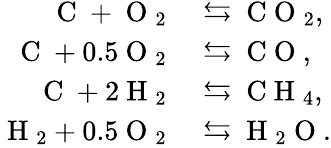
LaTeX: \begin{array}{rl}{\mathrm{~C~}+\mathrm{~O~}_{2}}&{{}\leftrightarrows\mathrm{~C~O~}_{2},}\\ {\mathrm{~C~}+0.5\mathrm{~O~}_{2}}&{{}\leftrightarrows\mathrm{~C~O~},}\\ {\mathrm{~C~}+2\mathrm{~H~}_{2}}&{{}\leftrightarrows\mathrm{~C~H~}_{4},}\\ {\mathrm{~H~}_{2}+0.5\mathrm{~O~}_{2}}&{{}\leftrightarrows\mathrm{~H~}_{2}\mathrm{~O~}.}\end{array}